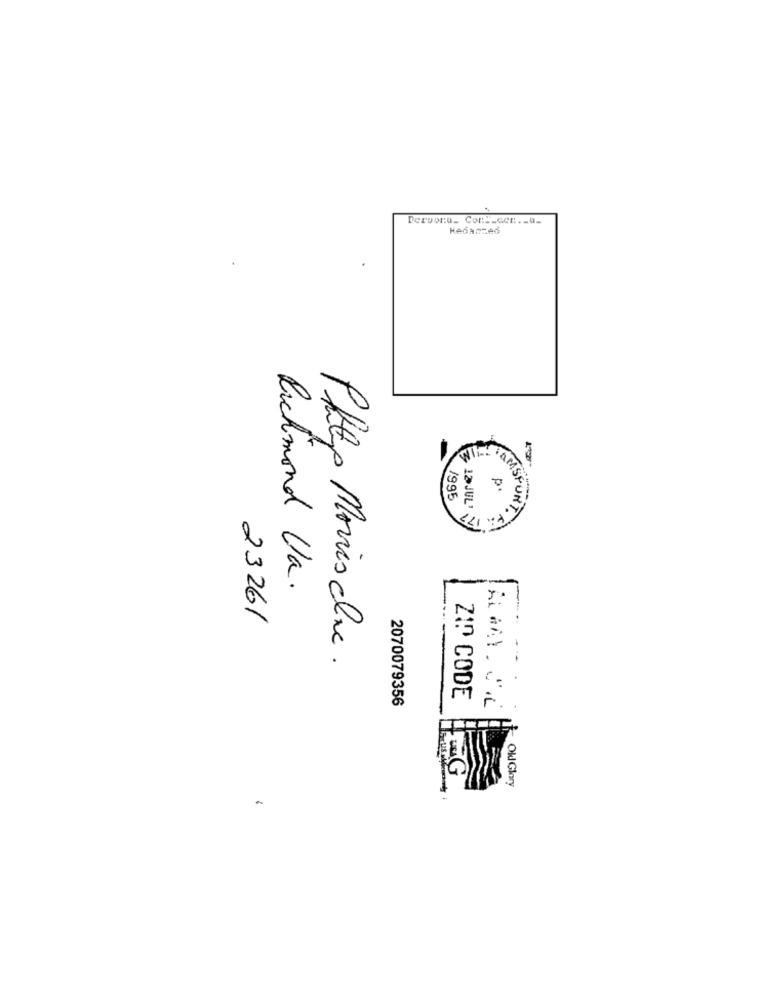
Dersonu_ Cont_con ._ a_
Kedaszed
WIL- FAMS
p.
1995
ASFUNT
12 JUL
Richmond Va.
23261
Php Morris clic .
2070079356
ZIP CODE
EG
Okl Glory